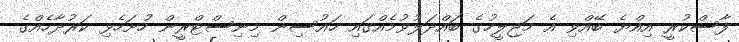
ފާސްކުރީ އިއްޔެ ބޭއްވި އެ މަޖިލީހުގެ ބައްދަލުވުމެއްގައި ހައުސިން މިނިސްޓްރީން ހުށަހެޅި ކަރުދާހެއްގެ